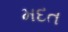
મદત